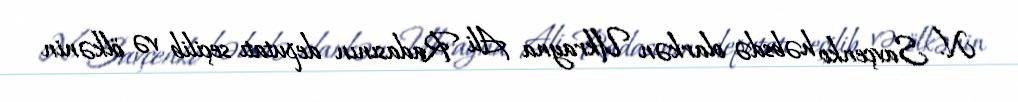
N. Savçenko həbsdə olarkən Ukrayna Ali Radasının deputatı seçilib və ölkənin